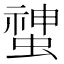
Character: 䗝